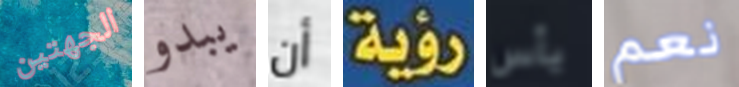
الجهتين يبدو أن رؤية يأس نعم